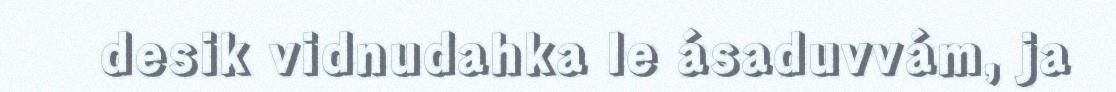
desik vidnudahka le ásaduvvám, ja